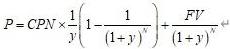
$P = CP N\times\frac{1}{y}\left(1-\frac{1}{(1 + y)^n}\right)+\frac{FV}{(1 + y)^n}$